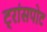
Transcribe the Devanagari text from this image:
ट्रांसपोट